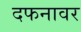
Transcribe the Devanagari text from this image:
दफनावर